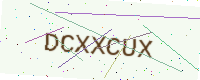
Text: DCXXCUX